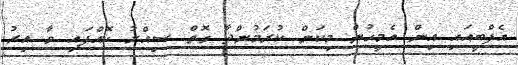
އެފްބީއައި އިން އެމީހުން މިކަން ކުރަމުންދާ ގޮތް ސިއްރު ކޮއްފައި ވާ އިރު